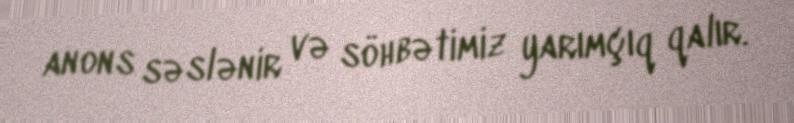
anons səslənir və söhbətimiz yarımçıq qalır.